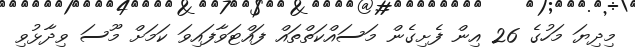
މިދިޔަ މަހުގެ 26 އިން ފެށިގެން މަސައްކަތްތައް ފައްޓަވާފައިވަ ކަމަށް މޫސަ ވިދާޅުވި